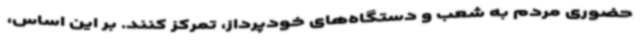
حضوری مردم به شعب و دستگاه‌های خودپرداز، تمرکز کنند. بر این اساس،